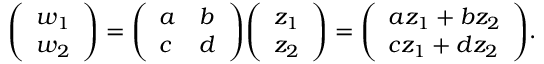
{ \left( \begin{array} { l } { w _ { 1 } } \\ { w _ { 2 } } \end{array} \right) } = { \left( \begin{array} { l l } { a } & { b } \\ { c } & { d } \end{array} \right) } { \left( \begin{array} { l } { z _ { 1 } } \\ { z _ { 2 } } \end{array} \right) } = { \left( \begin{array} { l } { a z _ { 1 } + b z _ { 2 } } \\ { c z _ { 1 } + d z _ { 2 } } \end{array} \right) } .